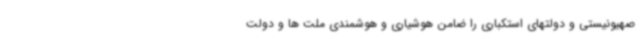
صهیونیستی و دولتهای استکباری را ضامن هوشیاری و هوشمندی ملت ها و دولت